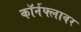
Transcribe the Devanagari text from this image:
कॉर्नफ्लावर